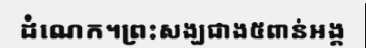
ដំណេក។ព្រះសង្ឃជាង៥ពាន់អង្គ